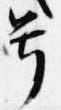
号